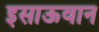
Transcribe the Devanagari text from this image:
इसाऊवान